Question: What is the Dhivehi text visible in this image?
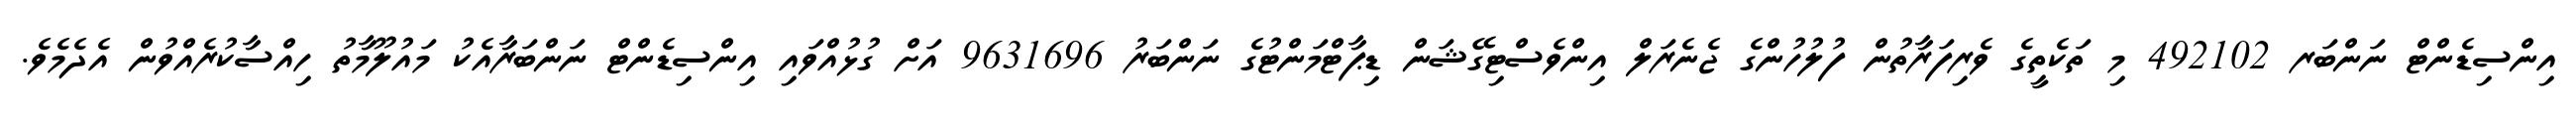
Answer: އިންސިޑެންޓް ނަންބަރ 492102 މި ތަކެތީގެ ވެރިފަރާތުން ފުލުހުންގެ ޖެނެރަލް އިންވެސްޓިގޭޝަން ޑިޕާޓްމަންޓުގެ ނަންބަރު 9631696 އަށް ގުޅުއްވައި އިންސިޑެންޓް ނަންބަރާއެކު މައުލޫމާތު ހިއްސާކުރެއްވުން އެދެމެވެ.